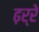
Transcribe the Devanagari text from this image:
ढ़र्रे